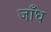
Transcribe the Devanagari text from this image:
जाँध